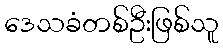
ဒေသခံတစ်ဦးဖြစ်သူ